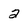
Character: 2